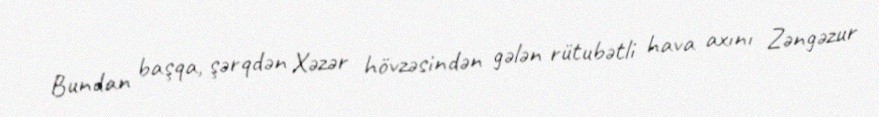
Bundan başqa, şərqdən Xəzər hövzəsindən gələn rütubətli hava axını Zəngəzur